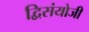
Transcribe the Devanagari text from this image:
द्विसंयोजी